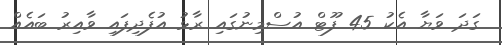
ގަދަ ވަޔާ އެކު 45 ފޫޓް އުސްމިނުގައި ރާޅު އުފެދިފައި ވާއިރު ބައެއް